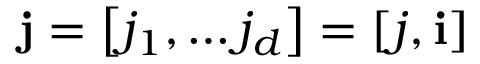
\mathbf { j } = \left[ j _ { 1 } , \ldots j _ { d } \right] = \left[ j , \mathbf { i } \right]